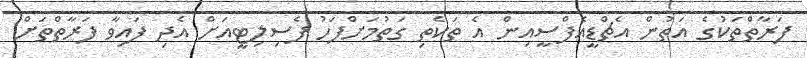
ފަރާތްތަކުގެ އަތުން އެޗްޑީއެފްސީއިން އެ ތަކެތި ގަތުމަށްފަހު ފެސިލިޓީއަށް އެދި ފައިވާ ފަރާތްތަށް